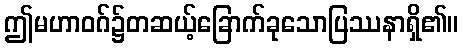
ဤမဟာဝဂ်၌တဆယ့်ခြောက်ခုသောပြဿနာရှိ၏။